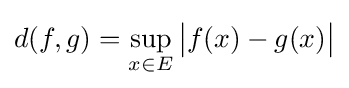
d(f,g)=\sup _{x\in E}{\bigl |}f(x)-g(x){\bigr |}